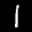
Label: 1